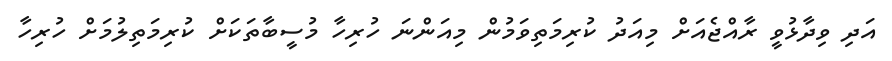
އަދި ވިދާޅުވީ ރާއްޖެއަށް މިއަދު ކުރިމަތިވަމުން މިއަންނަ ހުރިހާ މުސީބާތަކަށް ކުރިމަތިލުމަށް ހުރިހާ